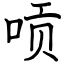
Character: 唝